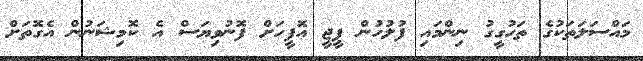
މައްސަލަތަކުގެ ތަހުގީގު ނިންމައި ފުލުހުން ޕީޖީ އޮފީހަށް ފޮނުވިޔަސް އެ ކޮމިޝަނުން އެގޮތަށް